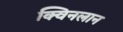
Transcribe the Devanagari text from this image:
क्विनलान